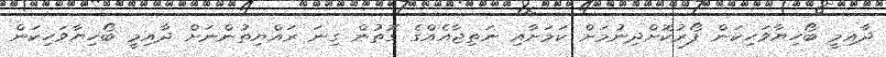
ދާއިމީ ބޯހިޔާވަހިކަން ފޯރުކޮށްދިނުމަށް ކަމަށާއި ނަތިޖާއެއްގެ ގޮތުން ގިނަ ރައްޔިތުންނަށް ދާއިމީ ބޯހިޔާވަހިކަން